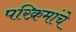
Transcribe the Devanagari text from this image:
परिक्रमांचे